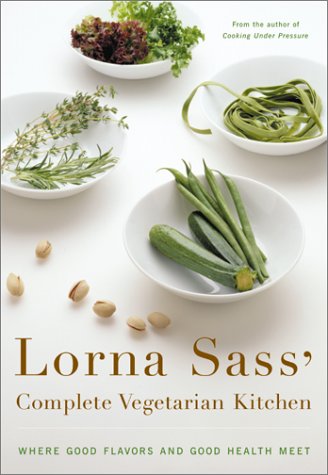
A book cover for Lorna Sass' Complete Vegetarian Kitchen: Where Good Flavors and Good Health Meet; Lorna J. Sass; Cookbooks, Food & Wine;